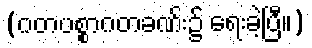
(ဂတပစ္စာဂတခဏ်း၌ ရေးခဲ့ပြီ။)